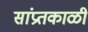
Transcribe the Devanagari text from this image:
सांप्रतकाळी